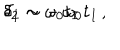
LaTeX: \: \delta _ { 1 } \sim - \, \omega _ { 0 } t _ { I } \, , \hspace { 0 . 3 c m } \delta _ { 2 } \sim \omega _ { 0 } t _ { I } \, . \: